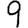
Digit: 9